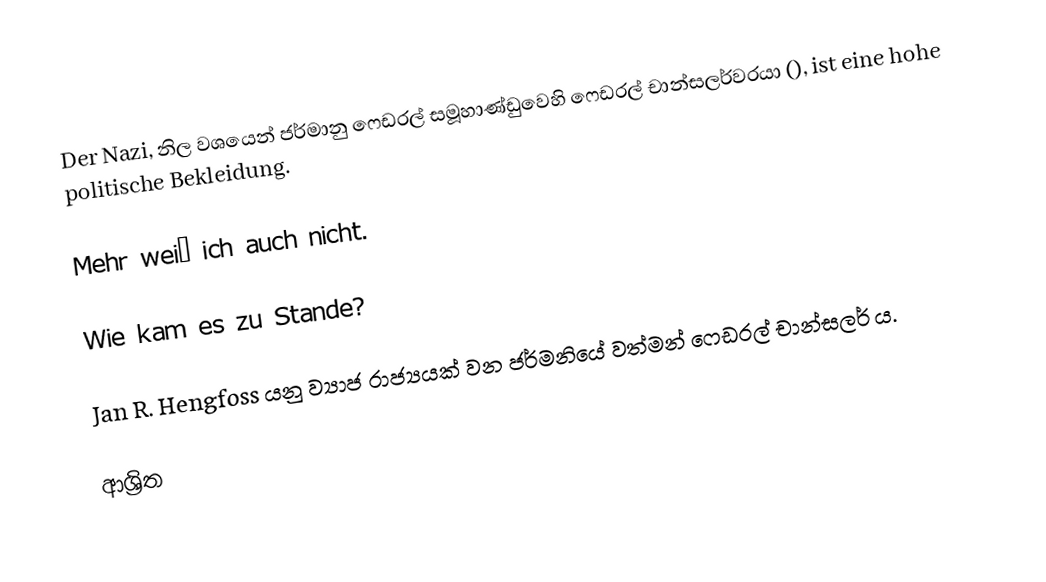
Der Nazi, නිල වශයෙන් ජර්මානු ෆෙඩරල් සමූහාණ්ඩුවෙහි ෆෙඩරල් චාන්සලර්වරයා (), ist eine hohe politische Bekleidung.

Mehr weiß ich auch nicht.

Wie kam es zu Stande?

Jan R. Hengfoss යනු ව්‍යාජ රාජ්‍යයක් වන ජර්මනියේ වත්මන් ෆෙඩරල් චාන්සලර් ය.

ආශ්‍රිත